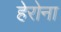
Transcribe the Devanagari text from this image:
हेरोना